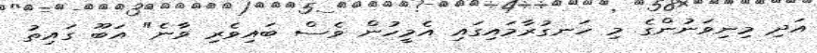
އަދި މިނިވަނުންގެ މި ހަނގުރާމައިގައި އެމީހުން ވެސް ބައިވެރި ވާނެ" އަބޫ ގައިތު